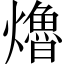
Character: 𤑟